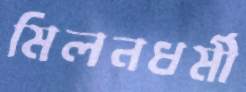
মিলনধর্মী